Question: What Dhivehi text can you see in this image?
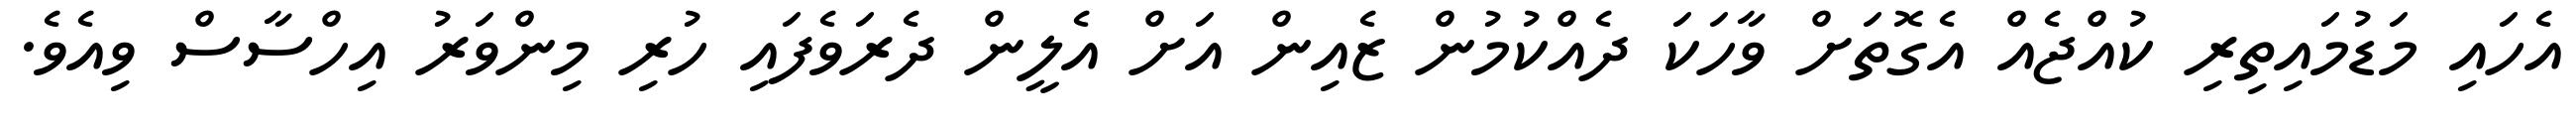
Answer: އެހައި މަޑުމައިތިރި ކުއްޖެއް އެގޮތަށް ވާހަކަ ދެއްކުމުން ޒެއިން އަށް އެލީން ދެރަވެފައި ހުރި މިންވަރު އިހްސާސް ވިއެވެ.